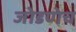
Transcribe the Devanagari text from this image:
जोडणेच